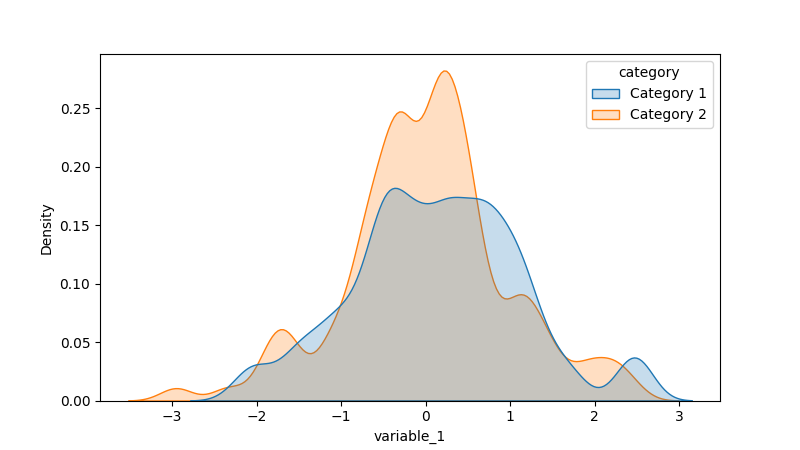
python, seaborn, kdeplot, hue='category', fill=True, bw_adjust=0.5